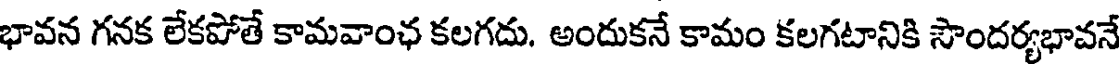
భావన గనక లేకపోతే కామవాంఛ కలగదు. అందుకనే కామం కలగటానికి సౌందర్యభావనే